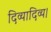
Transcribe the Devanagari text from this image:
दिव्यादिव्य।